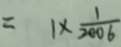
= 1 \times \frac { 1 } { 2 0 0 6 }